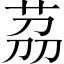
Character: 茘